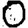
Digit: 0